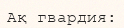
Ақ гвардия: